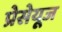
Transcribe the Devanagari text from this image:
प्रेसेयूज